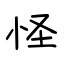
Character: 怪